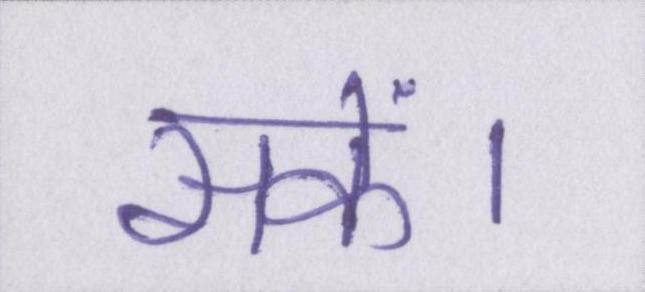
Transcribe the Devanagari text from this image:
सकें।